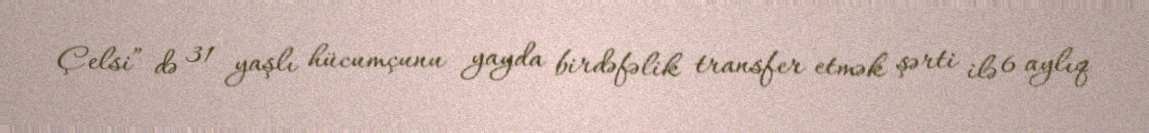
Çelsi” də 31 yaşlı hücumçunu yayda birdəfəlik transfer etmək şərti ilə 6 aylıq